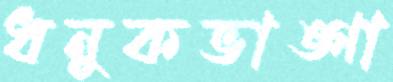
ধনুকভাঙ্গা